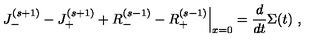
\left. J _ { - } ^ { ( s + 1 ) } - J _ { + } ^ { ( s + 1 ) } + R _ { - } ^ { ( s - 1 ) } - R _ { + } ^ { ( s - 1 ) } \right| _ { x = 0 } = \frac { d } { d t } \Sigma ( t ) \ , \